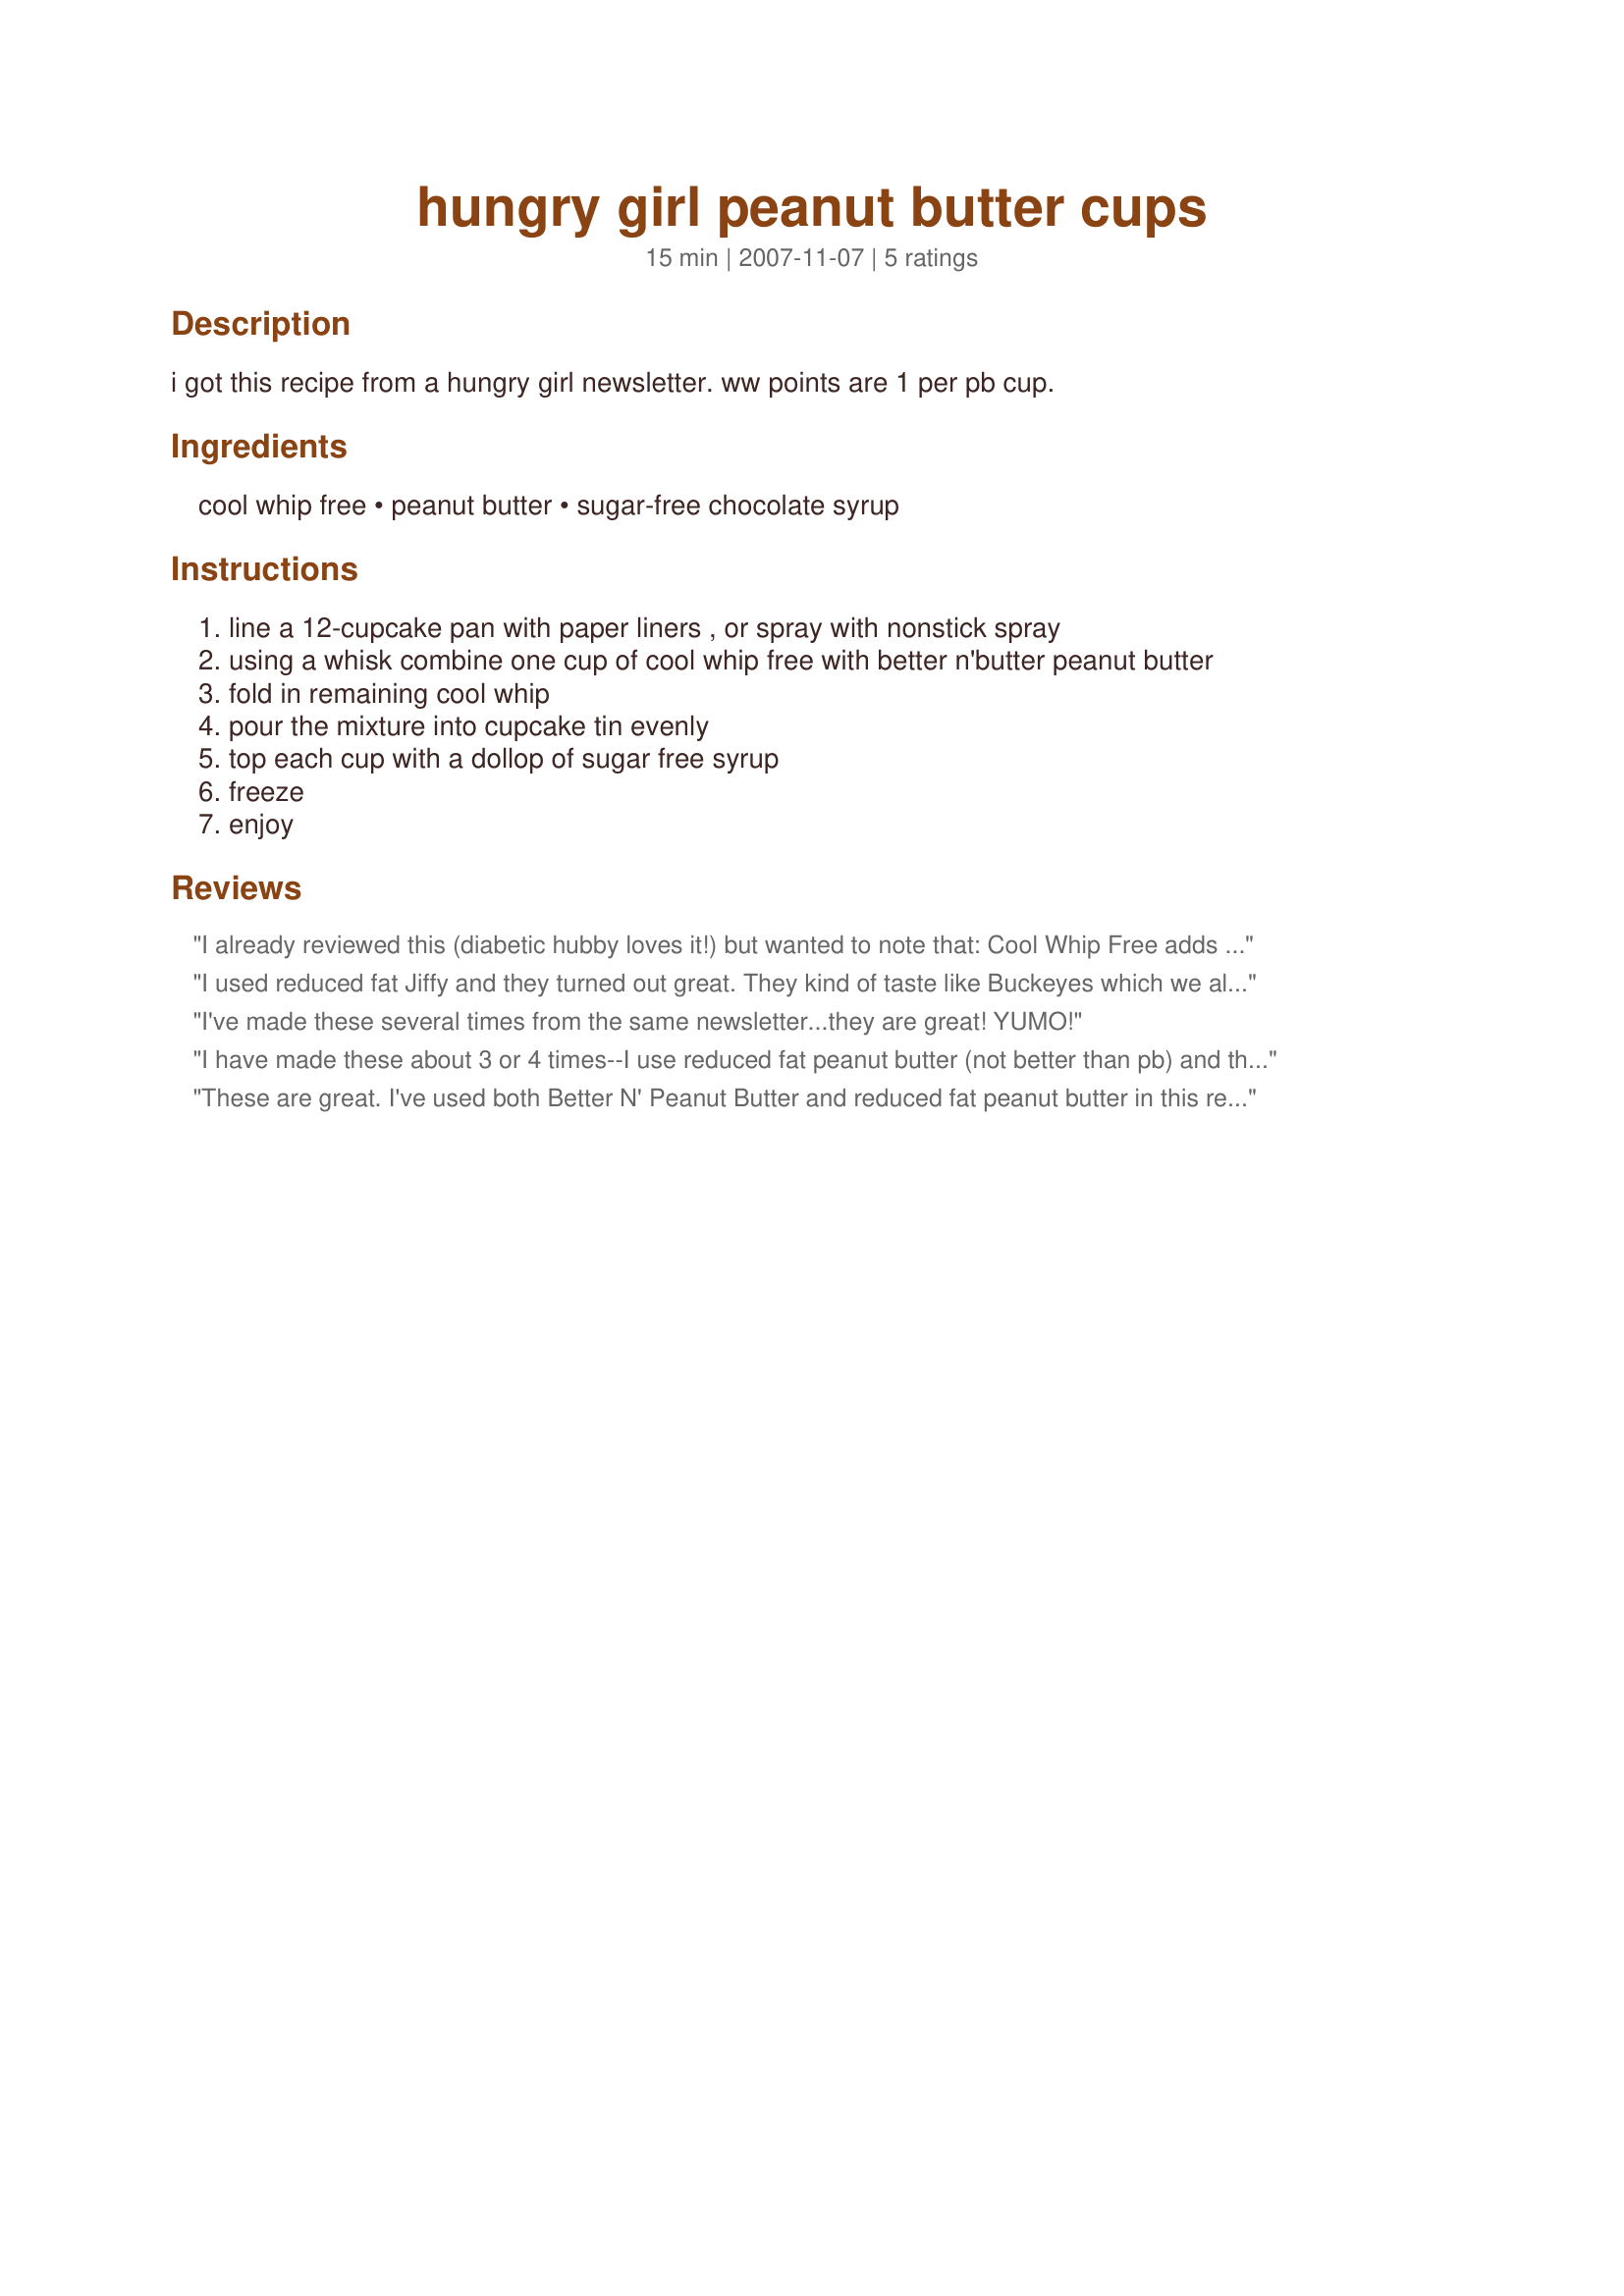
hungry girl peanut butter cups
Preparation time: 15 minutes

i got this recipe from a hungry girl newsletter. ww points are 1 per pb cup.

Ingredients:
cool whip free, peanut butter, sugar-free chocolate syrup

Steps:
line a 12-cupcake pan with paper liners , or spray with nonstick spray
using a whisk combine one cup of cool whip free with better n'butter peanut butter
fold in remaining cool whip
pour the mixture into cupcake tin evenly
top each cup with a dollop of sugar free syrup
freeze
enjoy

Reviews:
I already reviewed this (diabetic hubby loves it!) but wanted to note that: Cool Whip Free adds another 2 carbs per serving. Syrup adds .8 carbs per serving. For the carb counting peoples.
I used reduced fat Jiffy and they turned out great. They kind of taste like Buckeyes which we always make at Christmas but without all the fat and calories. Thanks for posting.
I've made these several times from the same newsletter...they are great! YUMO!
I have made these about 3 or 4 times--I use reduced fat peanut butter (not better than pb) and they are very good! Usually they are best as they thaw though it makes it more like an ice cream cake/bar thing!
These are great. I've used both Better N' Peanut Butter and reduced fat peanut butter in this recipe and can't tell the difference taste wise. Thanks for posting.
